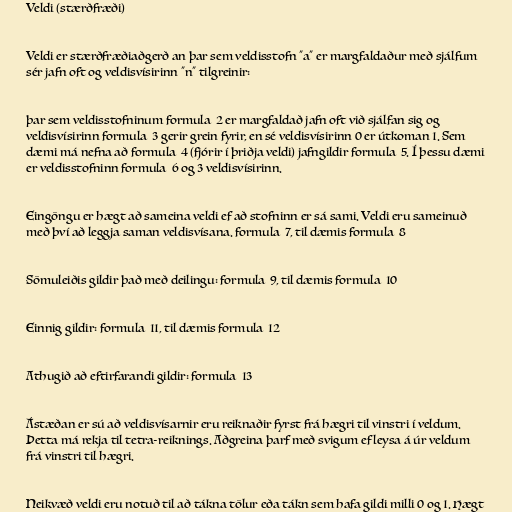
Veldi (stærðfræði)

Veldi er stærðfræðiaðgerð an þar sem veldisstofn "a" er margfaldaður með sjálfum
sér jafn oft og veldisvísirinn "n" tilgreinir:

þar sem veldisstofninum formula_2 er margfaldað jafn oft við sjálfan sig og
veldisvísirinn formula_3 gerir grein fyrir, en sé veldisvísirinn 0 er útkoman 1. Sem
dæmi má nefna að formula_4 (fjórir í þriðja veldi) jafngildir formula_5. Í þessu dæmi
er veldisstofninn formula_6 og 3 veldisvísirinn.

Eingöngu er hægt að sameina veldi ef að stofninn er sá sami. Veldi eru sameinuð
með því að leggja saman veldisvísana. formula_7, til dæmis formula_8

Sömuleiðis gildir það með deilingu: formula_9, til dæmis formula_10

Einnig gildir: formula_11, til dæmis formula_12

Athugið að eftirfarandi gildir: formula_13

Ástæðan er sú að veldisvísarnir eru reiknaðir fyrst frá hægri til vinstri í veldum.
Þetta má rekja til tetra-reiknings. Aðgreina þarf með svigum ef leysa á úr veldum
frá vinstri til hægri.

Neikvæð veldi eru notuð til að tákna tölur eða tákn sem hafa gildi milli 0 og 1. Hægt